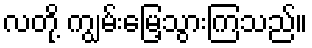
လတို့ ကျွမ်းမြေ့သွားကြသည်။